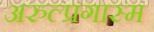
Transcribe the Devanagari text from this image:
अरुल्प्रगास्म